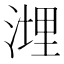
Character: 𱧮